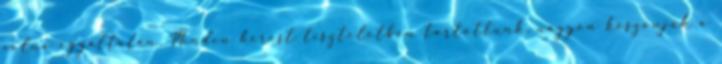
volna egyáltalán. Minden kérést tiszteletben tartottunk, nagyon köszönjük a